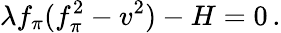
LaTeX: \lambda f_{\pi}(f_{\pi}^{2}-v^{2})-H=0\, .